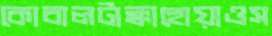
কোবালটাক্কাহোয়াওস